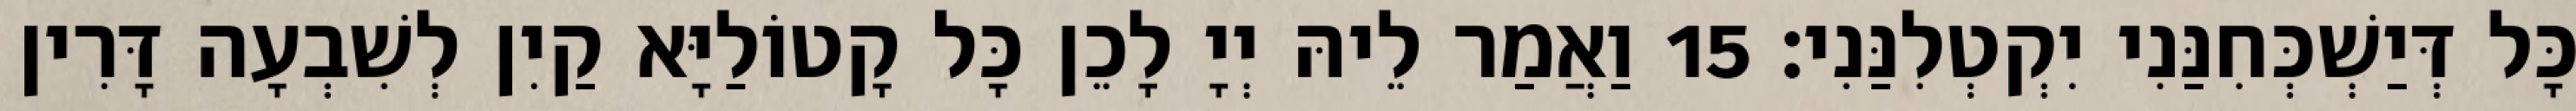
כָּל דְּיַשְׁכְּחִנַּנִי יִקְטְלִנַּנִי׃ 15 וַאֲמַר לֵיהּ יְיָ לָכֵן כָּל קָטוֹלַיָּא קַיִן לְשִׁבְעָה דָּרִין